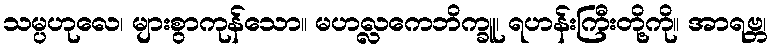
သမ္ပဟုလေ၊ များစွာကုန်သော။ မဟလ္လကေဘိက္ခူ၊ ရဟန်းကြီးတို့ကို။ အာရဗ္ဘ၊